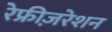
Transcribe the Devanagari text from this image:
रेफ्रीज़रेशन